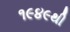
૧૯૪૯થી